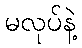
မလုပ်နဲ့